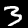
Label: 3